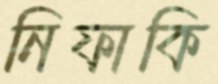
নিফাকি